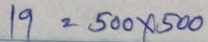
19 = 500 x 500